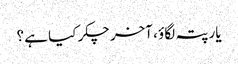
یار پتہ لگاؤ ، آخر چکر کیا ہے ؟